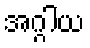
အဂ္ဂါယ